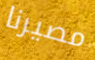
مصيرنا